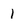
Character: 1